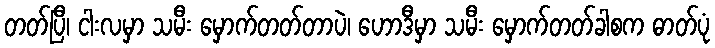
တတ်ပြီ၊ ငါးလမှာ သမီး မှောက်တတ်တာပဲ၊ ဟောဒီမှာ သမီး မှောက်တတ်ခါစက ဓာတ်ပုံ